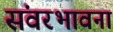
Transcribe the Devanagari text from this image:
संवरभावना